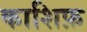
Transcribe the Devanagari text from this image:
काशिफ़